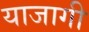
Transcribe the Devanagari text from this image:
याजागी